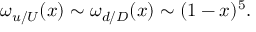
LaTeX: \omega _ { u / U } ( x ) \sim \omega _ { d / D } ( x ) \sim ( 1 - x ) ^ { 5 } .